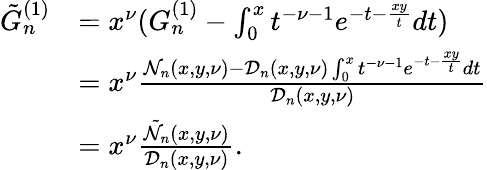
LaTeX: \begin{array}{rl}{\tilde{G}_{n}^{(1)}}&{=x^{\nu}(G_{n}^{(1)}-\int_{0}^{x}t^{-\nu-1}e^{-t-\frac{xy}{t}}dt)}\\ &{=x^{\nu}\frac{\mathcal{N}_{n}(x,y,\nu)-\mathcal{D}_{n}(x,y,\nu)\int_{0}^{x}t^{-\nu-1}e^{-t-\frac{xy}{t}}dt}{\mathcal{D}_{n}(x,y,\nu)}}\\ &{=x^{\nu}\frac{\tilde{\mathcal{N}}_{n}(x,y,\nu)}{\mathcal{D}_{n}(x,y,\nu)}.}\end{array}